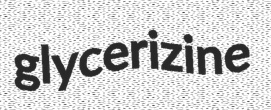
glycerizine